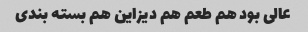
عالی بود هم طعم هم دیزاین هم بسته بندی